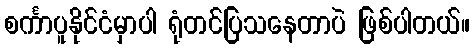
စင်္ကာပူနိုင်ငံမှာပါ ရုံတင်ပြသနေတာပဲ ဖြစ်ပါတယ်။